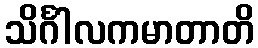
သိင်္ဂါလကမာတာတိ